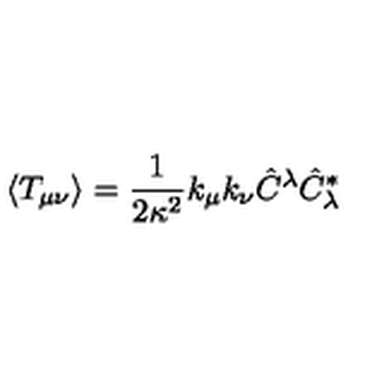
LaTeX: \langle T _ { \mu \nu } \rangle = \frac { 1 } { 2 \kappa ^ { 2 } } k _ { \mu } k _ { \nu } \hat { C } ^ { \lambda } \hat { C } _ { \lambda } ^ { * }